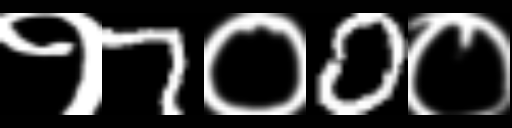
Text: १7०0०